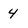
Character: 4